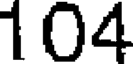
104